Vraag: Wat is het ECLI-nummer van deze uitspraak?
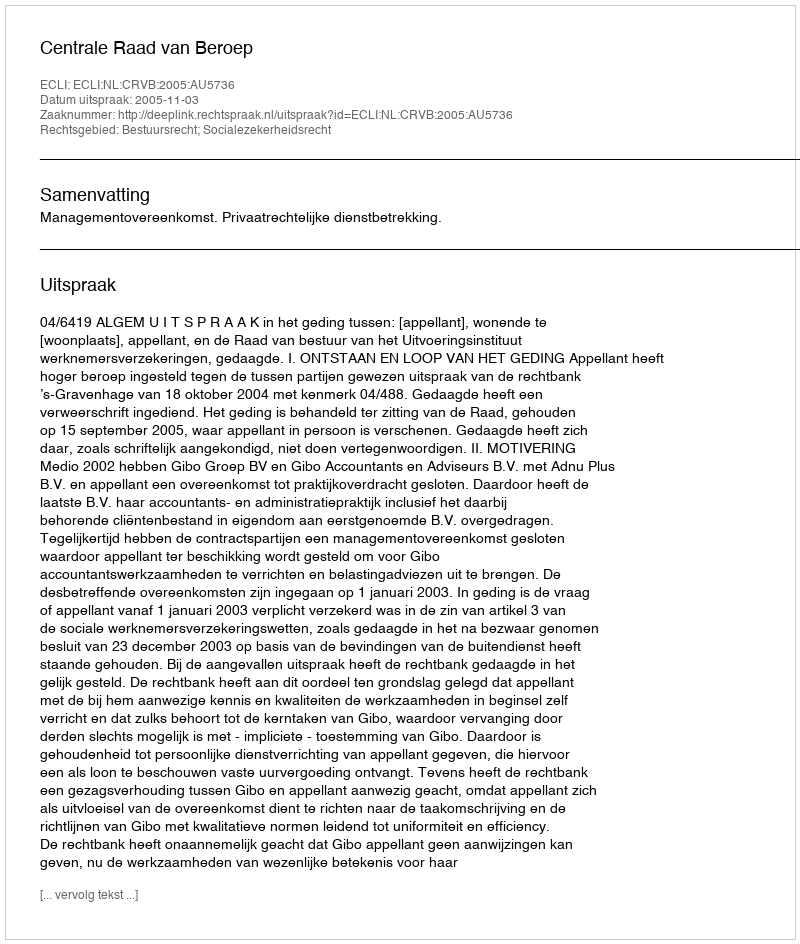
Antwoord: ECLI:NL:CRVB:2005:AU5736